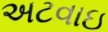
અટવાઇ